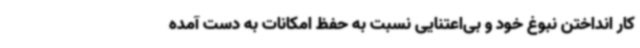
کار انداختن نبوغ خود و بی‌اعتنایی نسبت به حفظ امکانات به دست آمده